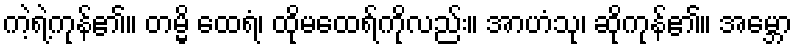
ကဲ့ရဲ့ကုန်၏။ တမ္မိ ထေရံ၊ ထိုမထေရ်ကိုလည်း။ အာဟံသု၊ ဆိုကုန်၏။ အမ္ဘော